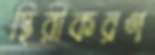
স্থিরীকরণ